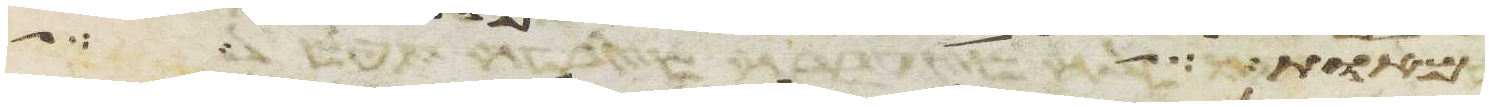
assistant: אחותנו לאיש אשר לו ערלה